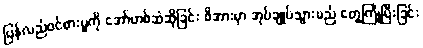
ပြန်လည်ဝင်စားမှုကို အော်ဟစ်ဆဲဆိုခြင်း ဖိအားမှာ အုပ်ချုပ်သွားမည် တွေ့ကြုံပြီးခြင်း